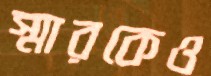
স্মারকেও